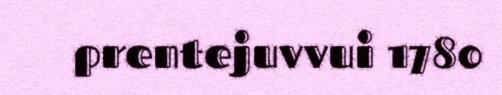
prentejuvvui 1780